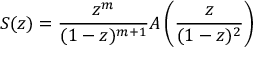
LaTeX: S ( z ) = { \frac { z ^ { m } } { ( 1 - z ) ^ { m + 1 } } } A \left( { \frac { z } { ( 1 - z ) ^ { 2 } } } \right)